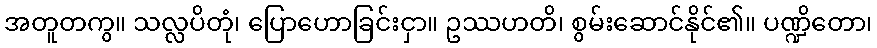
အတူတကွ။ သလ္လပိတုံ၊ ပြောဟောခြင်းငှာ။ ဥဿဟတိ၊ စွမ်းဆောင်နိုင်၏။ ပဏ္ဍိတော၊